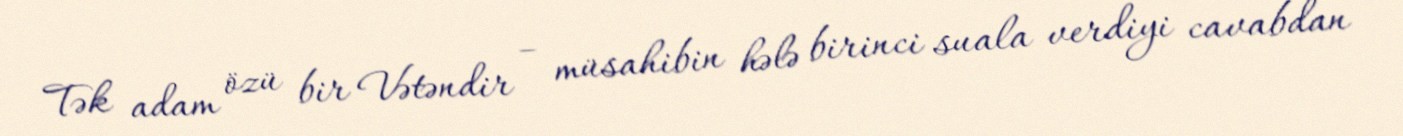
Tək adam özü bir Vətəndir – müsahibin hələ birinci suala verdiyi cavabdan